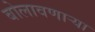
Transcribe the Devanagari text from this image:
बोलावणार्‍या